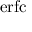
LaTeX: \mathrm { e r f c }